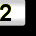
Digit: 2